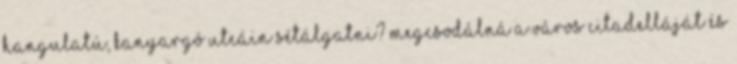
hangulatú, kanyargó utcáin sétálgatni? Megcsodálná a város Citadelláját és